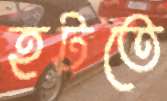
হটতে